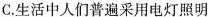
C.生活中人们普遍采用电灯照明